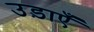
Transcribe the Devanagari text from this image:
उड़ाएँ